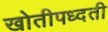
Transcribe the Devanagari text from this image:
खोतीपध्दती